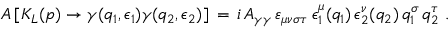
A \, [ K _ { L } ( p ) \rightarrow \gamma ( q _ { 1 } , \epsilon _ { 1 } ) \gamma ( q _ { 2 } , \epsilon _ { 2 } ) ] \, = \, i \, A _ { \gamma \gamma } \, \varepsilon _ { \mu \nu \sigma \tau } \, \epsilon _ { 1 } ^ { \mu } ( q _ { 1 } ) \, \epsilon _ { 2 } ^ { \nu } ( q _ { 2 } ) \, q _ { 1 } ^ { \sigma } \, q _ { 2 } ^ { \tau } \; .